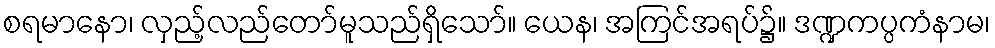
စရမာနော၊ လှည့်လည်တော်မူသည်ရှိသော်။ ယေန၊ အကြင်အရပ်၌။ ဒဏ္ဍကပ္ပကံနာမ၊